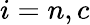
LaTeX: i=n,c